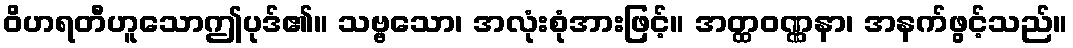
ဝိဟရတီဟူသောဤပုဒ်၏။ သဗ္ဗသော၊ အလုံးစုံအားဖြင့်။ အတ္ထဝဏ္ဏနာ၊ အနက်ဖွင့်သည်။